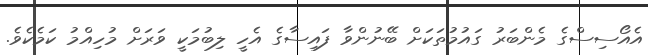
އެއޯސިސްގެ މެންބަރު ގައުމުތަކަށް ބޭނުންވާ ފައިސާގެ އެހީ ލިބުމަކީ ވަރަށް މުހިއްމު ކަމެކެވެ.